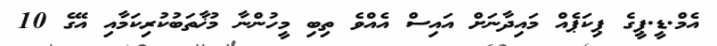
އެމް.ޑީ.ޕީގެ ޕިކަޕެއް މައިދާނަށް އައިސް އެއްވެ ތިބި މީހުންނާ މުޚާތަބުކުރިކަމާއި އޭގެ 10